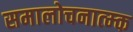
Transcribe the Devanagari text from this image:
समालोचनात्म्क